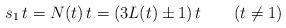
LaTeX: \begin{align*}s_1 \, t = N(t)\, t = (3L(t)\pm 1)\, t \qquad (t\neq 1)\end{align*}